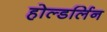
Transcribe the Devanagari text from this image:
होल्डर्लिन